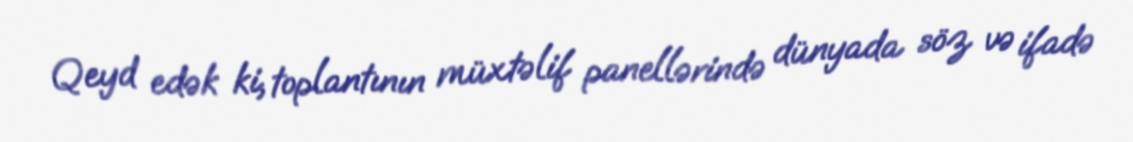
Qeyd edək ki, toplantının müxtəlif panellərində dünyada söz və ifadə